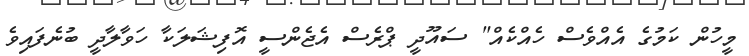
މީހުން ކަމުގެ އެއްވެސް ހެއްކެއް" ސައޫދީ ޕްރެސް އެޖެންސީ އޮފިޝަލަކާ ހަވާލާދީ ބުނެފައިވެ